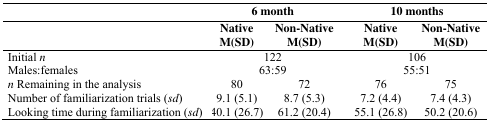
<table><thead><tr><td></td><td colspan="2"><b>6 month</b></td><td colspan="2"><b>10 months</b></td></tr><tr><td></td><td><b>Native</b></td><td><b>Non-Native</b></td><td><b>Native</b></td><td><b>Non-Native</b></td></tr><tr><td></td><td><b>M(SD)</b></td><td><b>M(SD)</b></td><td><b>M(SD)</b></td><td><b>M(SD)</b></td></tr></thead><tbody><tr><td>Initial <i>n</i></td><td colspan="2">122</td><td colspan="2">106</td></tr><tr><td>Males:females</td><td colspan="2">63:59</td><td colspan="2">55:51</td></tr><tr><td><i>n</i> Remaining in the analysis</td><td>80</td><td>72</td><td>76</td><td>75</td></tr><tr><td>Number of familiarization trials (<i>sd</i>)</td><td>9.1 (5.1)</td><td>8.7 (5.3)</td><td>7.2 (4.4)</td><td>7.4 (4.3)</td></tr><tr><td>Looking time during familiarization (<i>sd</i>)</td><td>40.1 (26.7)</td><td>61.2 (20.4)</td><td>55.1 (26.8)</td><td>50.2 (20.6)</td></tr></tbody></table>